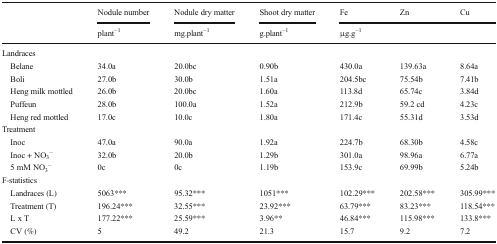
<table><thead><tr><td rowspan="2"></td><td><b>Nodule number</b></td><td><b>Nodule dry matter</b></td><td><b>Shoot dry matter</b></td><td><b>Fe</b></td><td><b>Zn</b></td><td><b>Cu</b></td></tr><tr><td><b>plant<sup>−1</sup></b></td><td><b>mg.plant<sup>−1</sup></b></td><td><b>g.plant<sup>−1</sup></b></td><td colspan="3"><b>μg.g<sup>−1</sup></b></td></tr></thead><tbody><tr><td colspan="7">Landraces</td></tr><tr><td> Belane</td><td>34.0a</td><td>20.0bc</td><td>0.90b</td><td>430.0a</td><td>139.63a</td><td>8.64a</td></tr><tr><td> Boli</td><td>27.0b</td><td>30.0b</td><td>1.51a</td><td>204.5bc</td><td>75.54b</td><td>7.41b</td></tr><tr><td> Heng milk mottled</td><td>26.0b</td><td>20.0bc</td><td>1.60a</td><td>113.8d</td><td>65.74c</td><td>3.84d</td></tr><tr><td> Puffeun</td><td>28.0b</td><td>100.0a</td><td>1.52a</td><td>212.9b</td><td>59.2 cd</td><td>4.23c</td></tr><tr><td> Heng red mottled</td><td>17.0c</td><td>10.0c</td><td>1.80a</td><td>171.4c</td><td>55.31d</td><td>3.53d</td></tr><tr><td colspan="7">Treatment</td></tr><tr><td> Inoc</td><td>47.0a</td><td>90.0a</td><td>1.92a</td><td>224.7b</td><td>68.30b</td><td>4.58c</td></tr><tr><td> Inoc + NO<sub>3</sub><sup>−</sup></td><td>32.0b</td><td>20.0b</td><td>1.29b</td><td>301.0a</td><td>98.96a</td><td>6.77a</td></tr><tr><td> 5 mM NO<sub>3</sub><sup>−</sup></td><td>0c</td><td>0c</td><td>1.19b</td><td>153.9c</td><td>69.99b</td><td>5.24b</td></tr><tr><td colspan="7">F-statistics</td></tr><tr><td> Landraces (L)</td><td>5063***</td><td>95.32***</td><td>1051***</td><td>102.29***</td><td>202.58***</td><td>305.99***</td></tr><tr><td> Treatment (T)</td><td>196.24***</td><td>32.55***</td><td>23.92***</td><td>63.79***</td><td>83.23***</td><td>118.54***</td></tr><tr><td> L x T</td><td>177.22***</td><td>25.59***</td><td>3.96**</td><td>46.84***</td><td>115.98***</td><td>133.8***</td></tr><tr><td> CV (%)</td><td>5</td><td>49.2</td><td>21.3</td><td>15.7</td><td>9.2</td><td>7.2</td></tr></tbody></table>